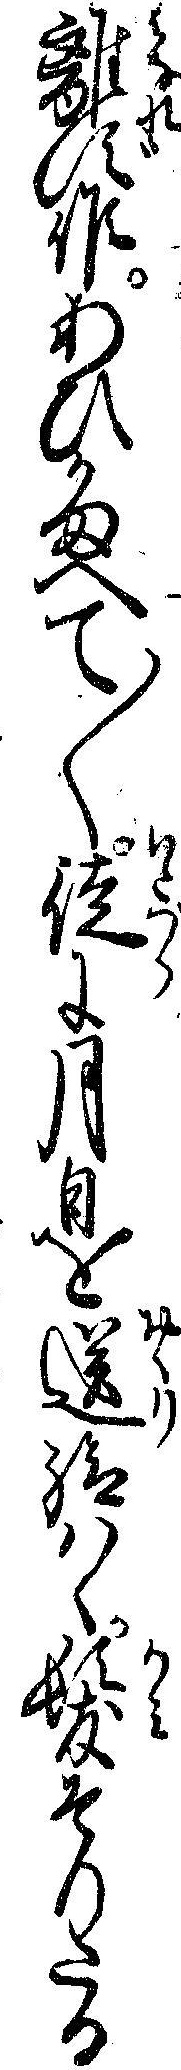
離ず候あひかまへて〱徒に月日を送給ハゝ髪そりたる